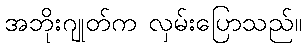
အဘိုးဂျုတ်က လှမ်းပြောသည်။